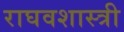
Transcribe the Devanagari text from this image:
राघवशास्त्री